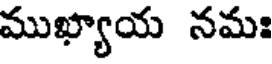
ముఖ్యాయ నమః